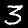
Digit: 3